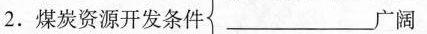
2.煤炭资源开发条件_____广阔